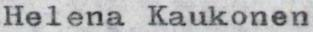
Helena Kaukonen